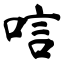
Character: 唁